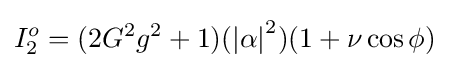
I_{2}^{o}=(2G^{2}g^{2}+1)(\left\vert \alpha \right\vert ^{2})(1+\nu \cos \phi )